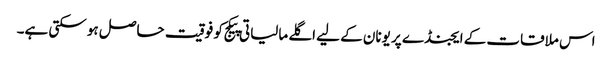
اس ملاقات کے ایجنڈے پر یونان کے لیے اگلے مالیاتی پیکج کو فوقیت حاصل ہو سکتی ہے۔